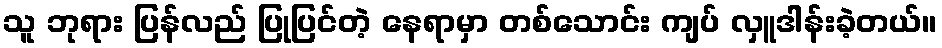
သူ ဘုရား ပြန်လည် ပြုပြင်တဲ့ နေရာမှာ တစ်သောင်း ကျပ် လှူဒါန်းခဲ့တယ်။